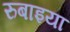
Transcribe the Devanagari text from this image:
रुबाइया